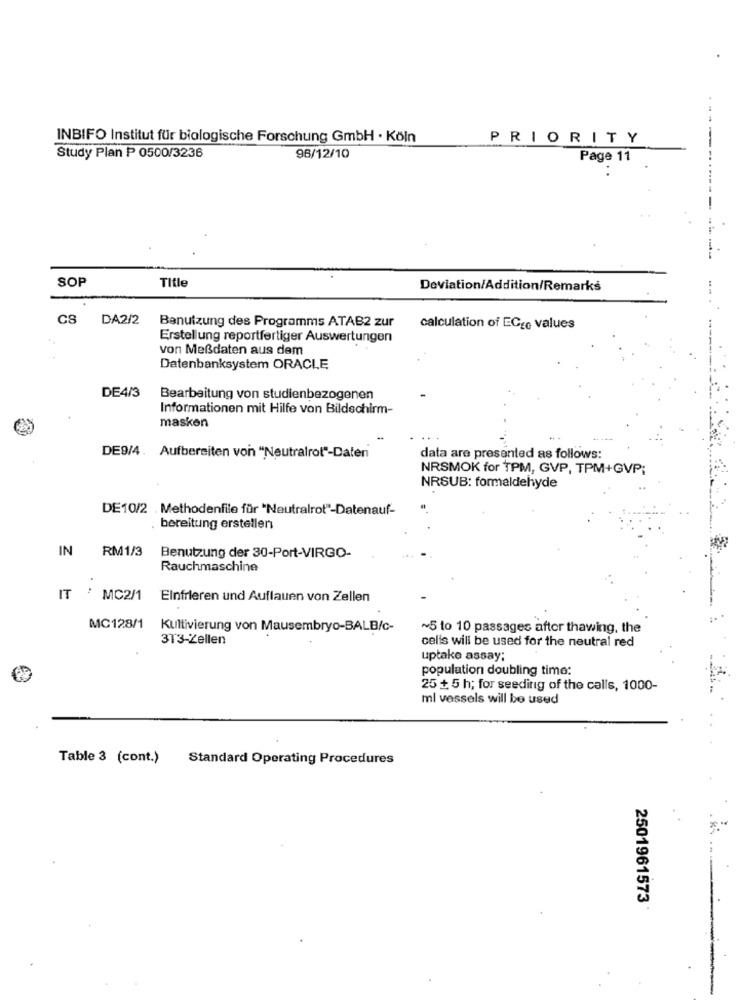
INBIFO Institut für biologische Forschung GmbH · Köln
PRIORITY
Study Plan ₱ 0500/3236
98/12/10
Page 11
SOP
Title
Deviation/Addition/Remarks
CS
DA2/2
Benutzung des Programms ATAB2 zur
calculation of ECgo values
Erstellung reportfertiger Auswertungen
von Meßdaten aus dem
Datenbanksystem ORACLE
DE4/3
Bearbeitung von studienbezogenen
Informationen mit Hilfe von Bildschirm-
masken
DE9/4 . Aufbereiten von "Neutralrot"-Daten
data are presented as follows:
NRSMOK for TPM, GVP, TPM+GVP;
NRSUB: formaldehyde
DE10/2 . Methodenfile für "Neutralrot"-Datenauf-
bereitung erstellen
IN
RM1/3
Benutzung der 30-Port-VIRGO-
Rauchmaschine
..
IT
MC2/1
Einfrieren und Auflauen von Zellen
MC128/1
Kultivierung von Mausembryo-BALB/c-
~5 to 10 passages after thawing, the
313-Zellen
celis will be used for the neutral red
uptake assay;
population doubling time:
25 + 5 h; for seeding of the calls, 1000-
ml vessels will be used
Table 3 (cont.)
Standard Operating Procedures
2501961573